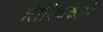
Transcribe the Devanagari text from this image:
लिरिककारों